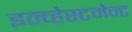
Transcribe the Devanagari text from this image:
इन्व्हेस्टमेन्ट